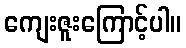
ကျေးဇူးကြောင့်ပါ။